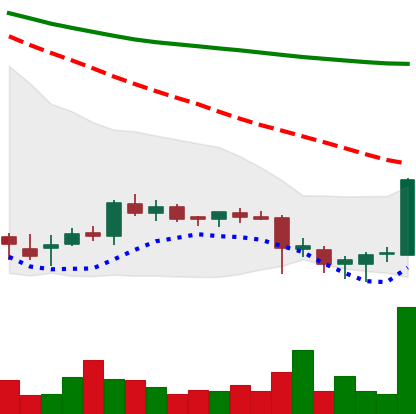
Ticker: DOGE-USD
Chart end date: 2018-07-16
Forward return: 14.576%
Label: up_7plus